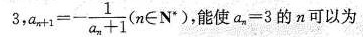
3$$, $$a _ { n + 1 } = - \frac { 1 } { a _ { n } + 1 }$$ (n\inN^{*})，能使$$a _ { n } = 3$$的n可以为。